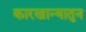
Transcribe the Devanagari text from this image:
कारखान्यातुन